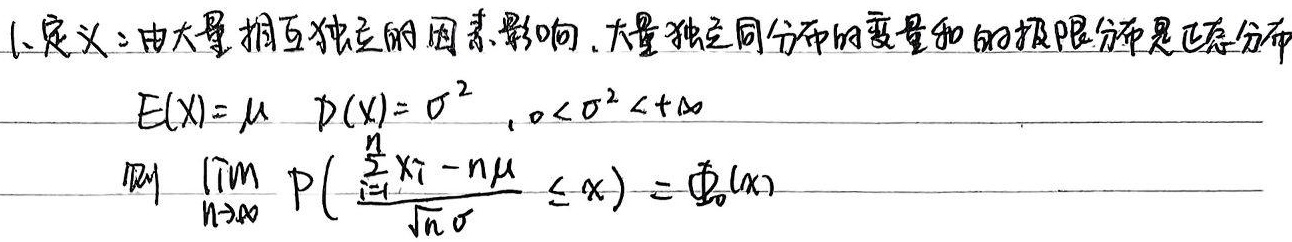
1. 定义：由大量相互独立的因素影响，大量独立同分布的变量和的极限分布是正态分布。若\(E(X)=\mu\)，\(D(X)=\sigma^{2}\)，\(0 < \sigma^{2}<+\infty\)，则
\[
\lim_{n \to \infty}P\left(\frac{\sum_{i = 1}^{n}X_i - n\mu}{\sqrt{n}\sigma}\leq x\right)=\varPhi_0(x)
\]